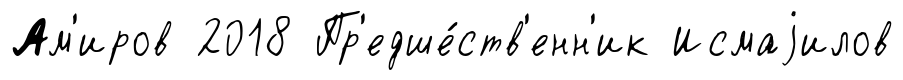
Ам'иров 2018 Пр'едше́ств'енн'ик Исмаjилов